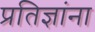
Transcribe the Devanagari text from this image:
प्रतिज्ञांना